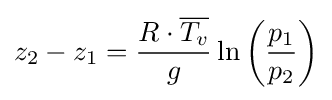
z_{2}-z_{1}={\frac {R\cdot {\overline {T_{v}}}}{g}}\ln \left({\frac {p_{1}}{p_{2}}}\right)